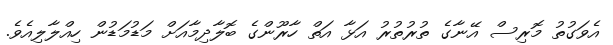
އެވަގުތު މޮރިސް އޭނާގެ ތުރުތުރު އަޅާ އަތް ހާރޫންގެ ބޮލާދިމާއަށް މަޑުމަޑުން ހިއްލާލިއެވެ.